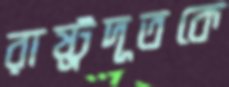
রাষ্ট্রদূতকে